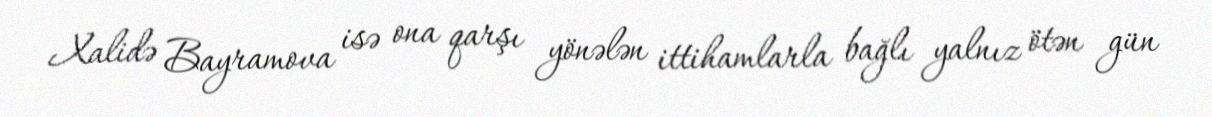
Xalidə Bayramova isə ona qarşı yönələn ittihamlarla bağlı yalnız ötən gün